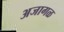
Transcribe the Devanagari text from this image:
अजागळ